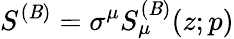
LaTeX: S^{(\mathit{B})}=\sigma^{\mu}S_{\mu}^{(\mathit{B})}(z;p)